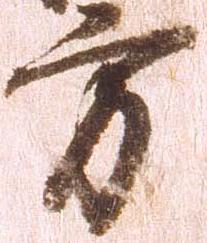
方